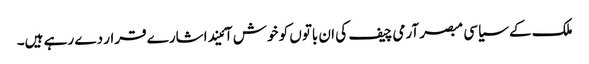
ملک کے سیاسی مبصر آرمی چیف کی ان باتوں کو خوش آئیند اشارے قرار دے رہے ہیں۔